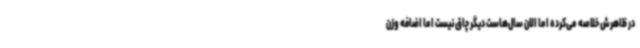
در ظاهرش خلاصه می‌کرده اما الان سال‌هاست دیگر چاق نیست اما اضافه وزن